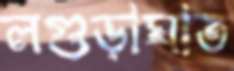
লগুড়াঘাত